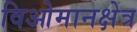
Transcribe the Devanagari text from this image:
विओमानक्षेत्र